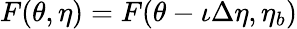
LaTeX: F(\theta,\eta)=F(\theta-\iota\Delta\eta,\eta_{b})